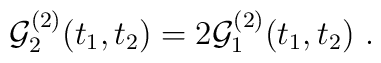
{\cal G}_2^{(2)}(t_1,t_2) = 2 {\cal G}_1^{(2)}(t_1,t_2) \ .